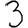
Digit: 3